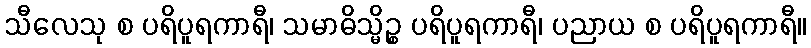
သီလေသု စ ပရိပူရကာရီ၊ သမာဓိသ္မိဉ္စ ပရိပူရကာရီ၊ ပညာယ စ ပရိပူရကာရီ။